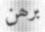
برھن